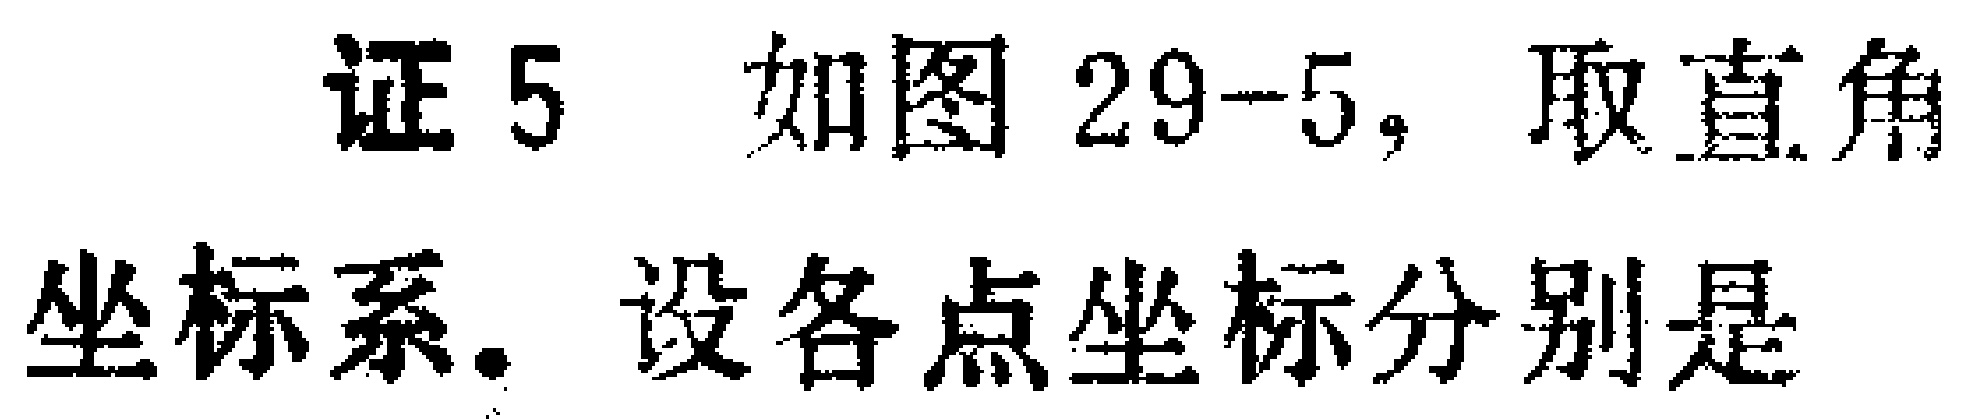
证5 如图29-5，取直角

坐标系. 设各点坐标分别是